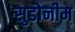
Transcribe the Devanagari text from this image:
सुडोनीम